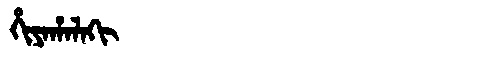
Manchu: ᡥᡳᠶᠠᡥᠠᠯᠠᡴᡳ
Romanization: HIYAHALAKI